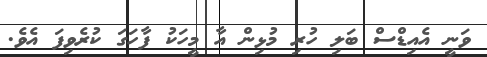
ވަނީ އެއިޑްސް ބަލި ހުރި މުޅިން އާ މީހަކު ފާހަގަ ކުރެވިފަ އެވެ.